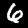
Digit: 6